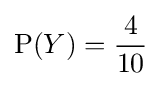
\operatorname {P} (Y)={4 \over 10}